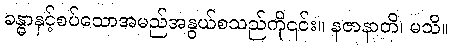
ခန္ဓာနှင့်စပ်သောအမည်အနွယ်စသည်ကို၎င်း။ နဇာနာတိ၊ မသိ။